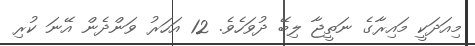
މިއަދަކީ މައިރާގެ ނަތީޖާ ލިބޭ ދުވަހެވެ. 12 އަހަރު ވަންދެން އޭނަ ކުރި